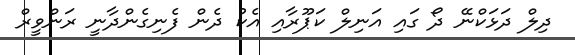
ދިލް ދަޅަކްނޭ ދޯ ގައި އަނިލް ކަޕޫރާއި އެކު ދެން ފެނިގެންދާނީ ރަންވީރް